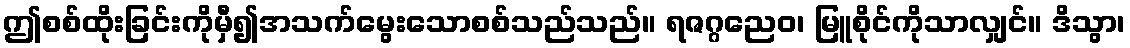
ဤစစ်ထိုးခြင်းကိုမှီ၍အသက်မွေးသောစစ်သည်သည်။ ရဇဂ္ဂညေဝ၊ မြူစိုင်ကိုသာလျှင်။ ဒိသွာ၊